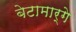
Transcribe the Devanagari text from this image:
बेटामार्गे